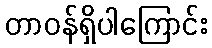
တာဝန်ရှိပါကြောင်း